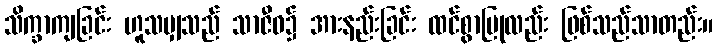
သိက္ခာကျခြင်း ဟူသမျှသည် သာဇီဝ၌ အားနည်းခြင်း ထင်စွာပြုလည်း ဖြစ်သည်သာတည်း။